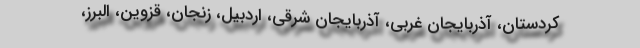
کردستان، آذربایجان غربی، آذربایجان شرقی، اردبیل، زنجان، قزوین، البرز،